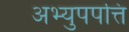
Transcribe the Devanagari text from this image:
अभ्युपपत्ति